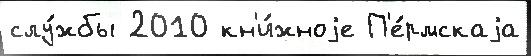
слу́жбы 2010 кн'и́жноjе П'е́рмскаjа